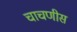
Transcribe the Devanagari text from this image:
चाचणीस